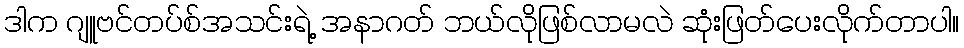
ဒါက ဂျူဗင်တပ်စ်အသင်းရဲ့ အနာဂတ် ဘယ်လိုဖြစ်လာမလဲ ဆုံးဖြတ်ပေးလိုက်တာပါ။